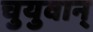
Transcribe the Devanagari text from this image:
चुयुवान्